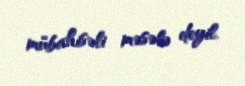
mübahisəli məsələ deyil.